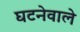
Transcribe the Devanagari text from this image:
घटनेवाले